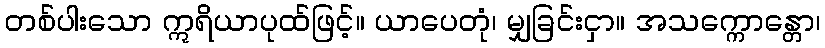
တစ်ပါးသော ဣရိယာပုထ်ဖြင့်။ ယာပေတုံ၊ မျှခြင်းငှာ။ အသက္ကောန္တော၊